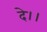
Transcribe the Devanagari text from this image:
दे।।